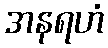
အနရဟံ